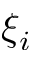
\xi _ { i }